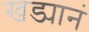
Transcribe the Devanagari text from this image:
खड्यानं